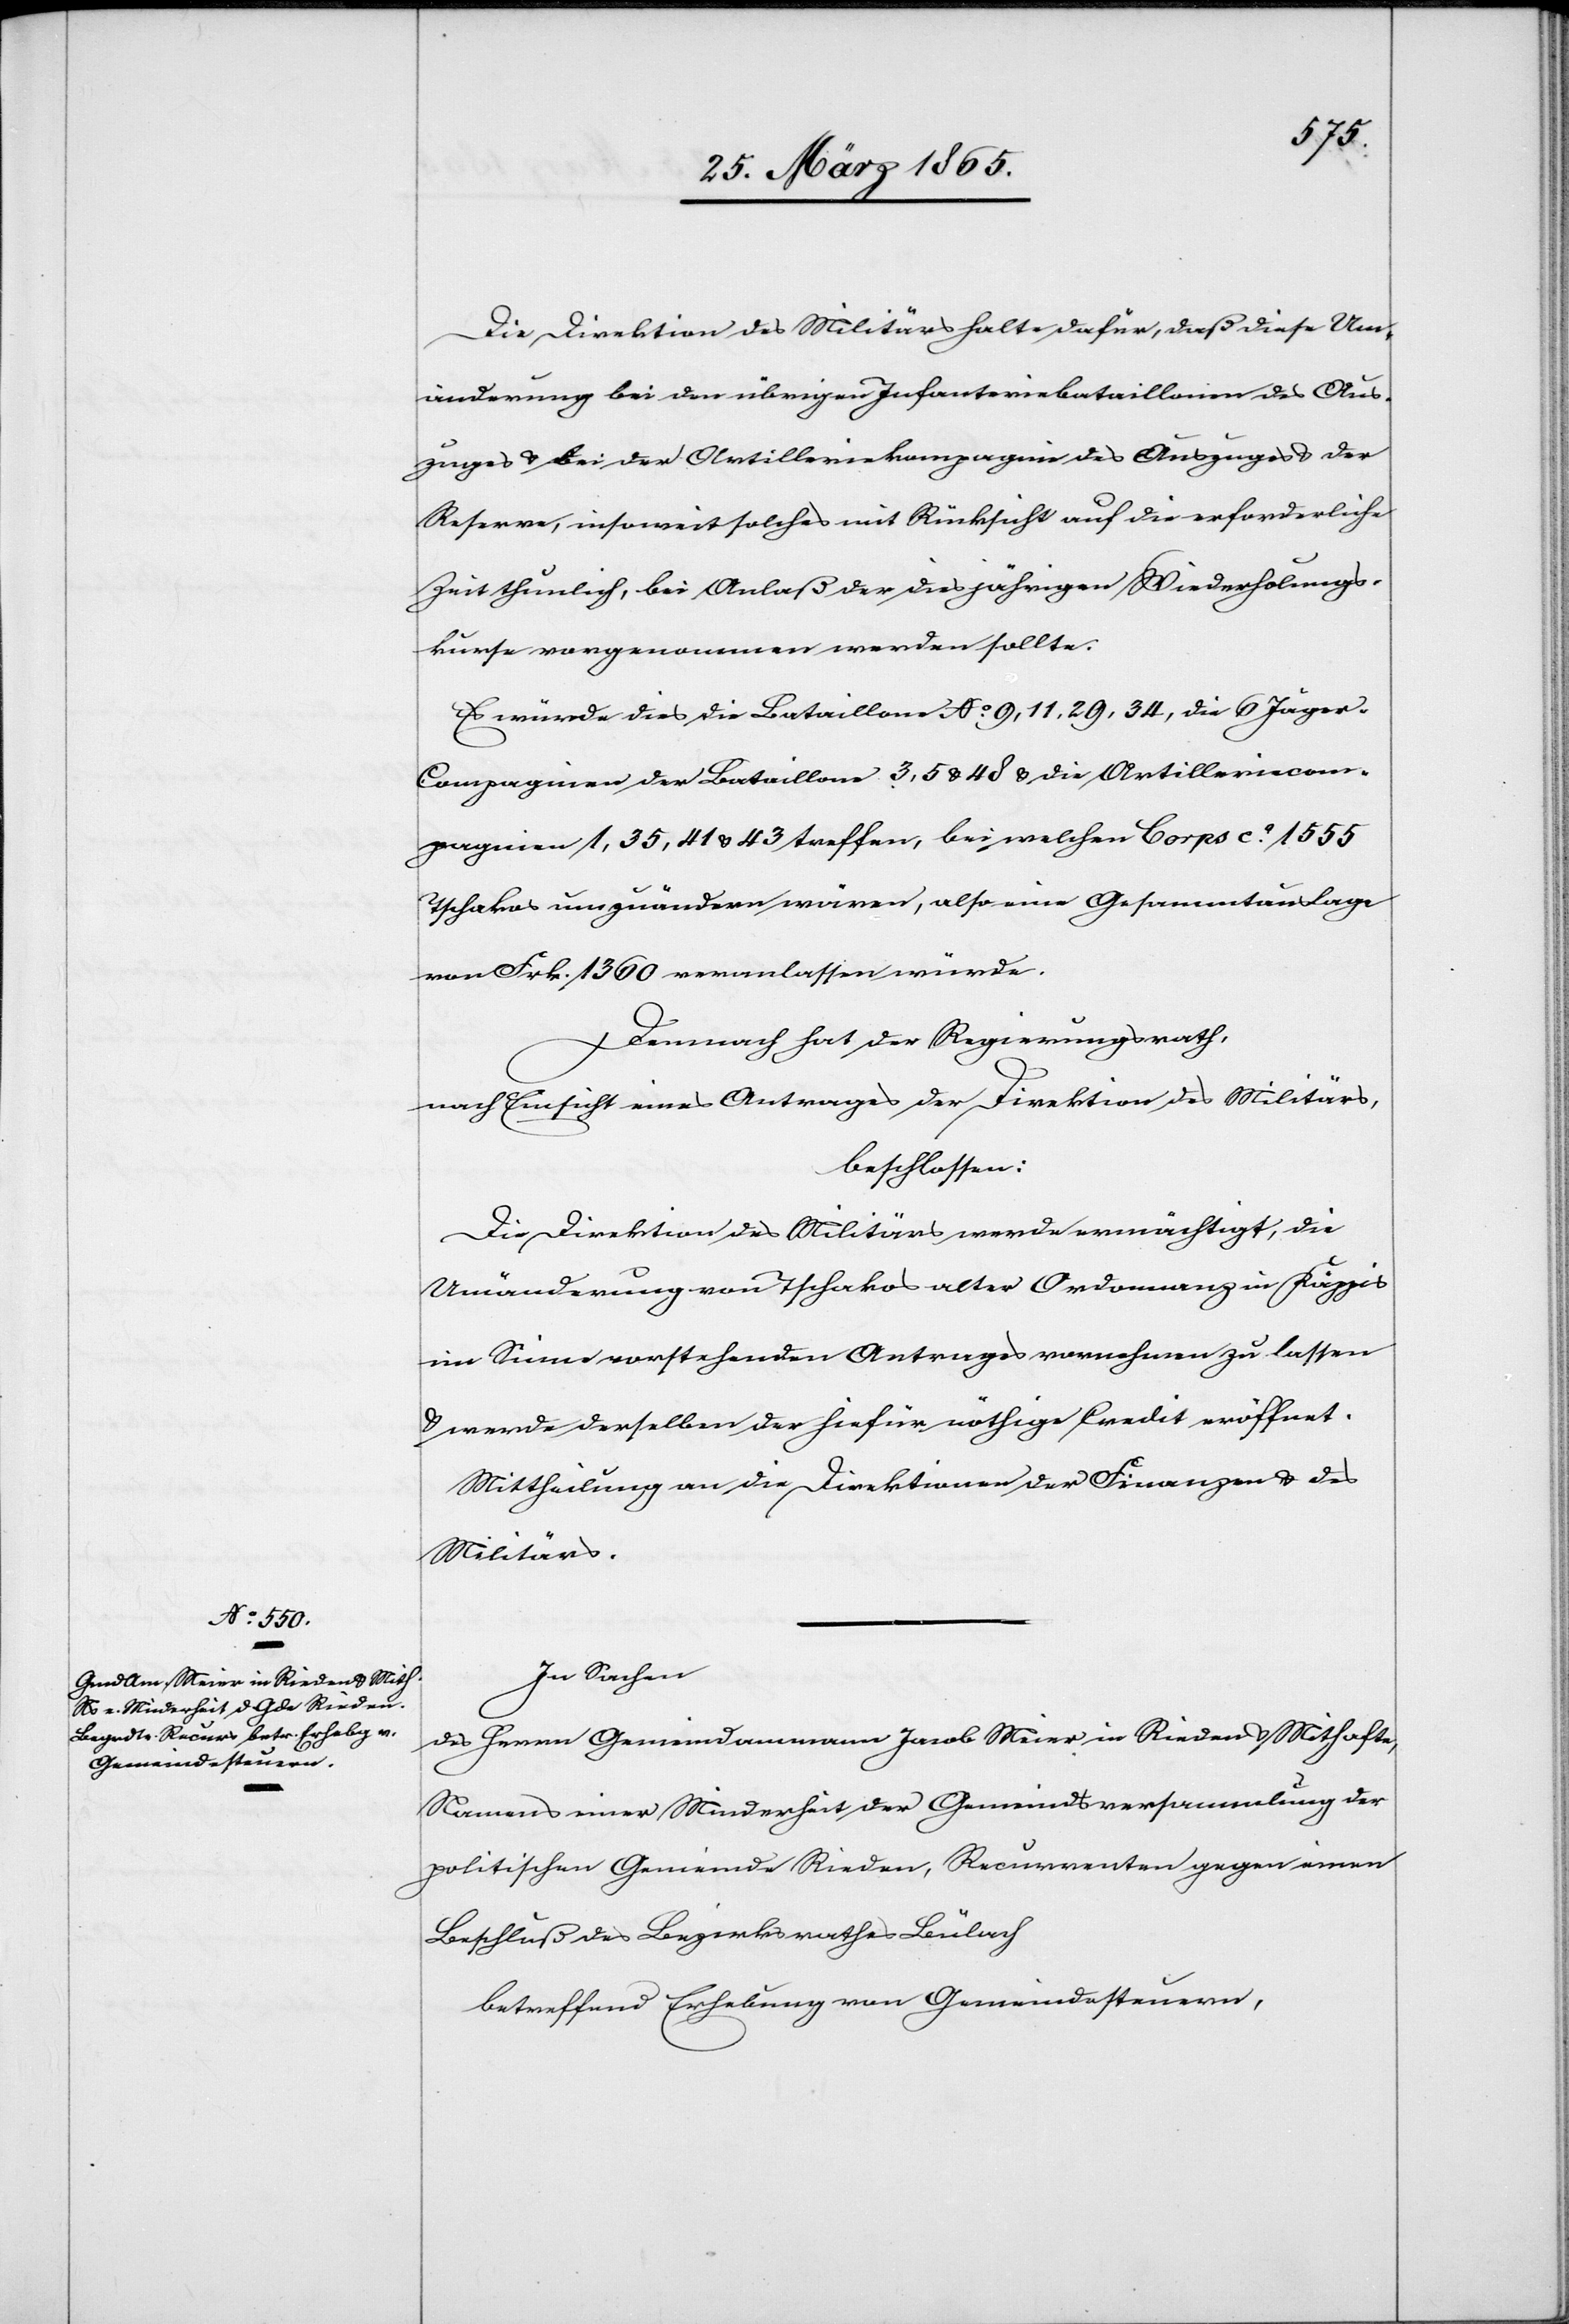
Die Direktion des Militärs halte dafür, daß diese Um¬
änderung bei den übrigen Infanteriebataillonen des Aus¬
zuges & bei der Artilleriekompagnie des Auszuges & der
Reserve, insoweit solches mit Rücksicht auf die erforderliche
Zeit thunlich, bei Anlaß der diesjährigen Wiederholungs¬
kurse vorgenommen werden sollte.
Es würde dies die Bataillone No 9, 11, 29, 34, die 6 Jäger-C¬
ompagnien der Bataillone 3, 5 & 48 & die Artilleriecom¬
pagnien 1, 35, 41 & 43 treffen, bei welchen Corps ca 1555
Tschakos umzuändern wären, also eine Gesammtauslage
von Frk. 1360 veranlassen würde.
Demnach hat der Regierungsrath,
nach Einsicht eines Antrages der Direktion des Militärs,
beschlossen:
Die Direktion des Militärs werde ermächtigt, die
Umänderung von Tschakos alter Ordonnanz in Käppis
im Sinne vorstehenden Antrages vornehmen zu lassen
& werde derselben der hiefür nöthige Credit eröffnet.
Mittheilung an die Direktion der Finanzen & des
Militärs.
In Sachen
des Herrn Gemeindammann Jacob Meier in Rieden & Mithafte,
Namens einer Minderheit der Gemeindsversammlung der
politischen Gemeinde Rieden, Recurrenten gegen einen
Beschluß des Bezirksrathes Bülach,
betreffend Erhebung von Gemeindesteuern,